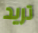
تريد